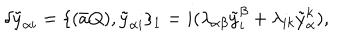
LaTeX: \delta \tilde { y } _ { \alpha i } = \{ ( \bar { a } Q ) , \tilde { y } _ { \alpha i } \} _ { 1 } = i ( \lambda _ { \alpha \beta } \tilde { y } _ { i } ^ { \beta } + \lambda _ { i k } \tilde { y } _ { \alpha } ^ { k } ) ,